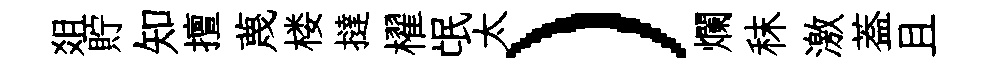
爼貯知擅蔑楼撻櫂氓太）爛秣激葢且